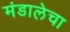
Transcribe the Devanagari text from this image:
मंडालेचा